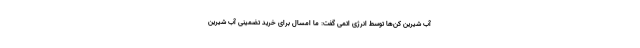
آب شیرین کن‌ها توسط انرژی اتمی گفت: ما امسال برای خرید تضمینی آب شیرین